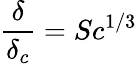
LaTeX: {\frac{\delta}{\delta_{c}}}=Sc^{1/3}